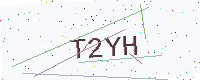
Text: T2YH